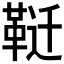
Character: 𱁶